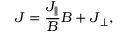
\boldsymbol { J } = \frac { J _ { \parallel } } { B } \boldsymbol { B } + \boldsymbol { J } _ { \perp } ,